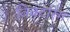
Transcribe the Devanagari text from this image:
विक्टरिंग